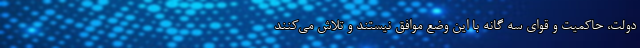
دولت، حاکمیت و قوای سه گانه با این وضع موافق نیستند و تلاش می‌کنند